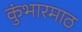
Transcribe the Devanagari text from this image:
कुंभारमाठ